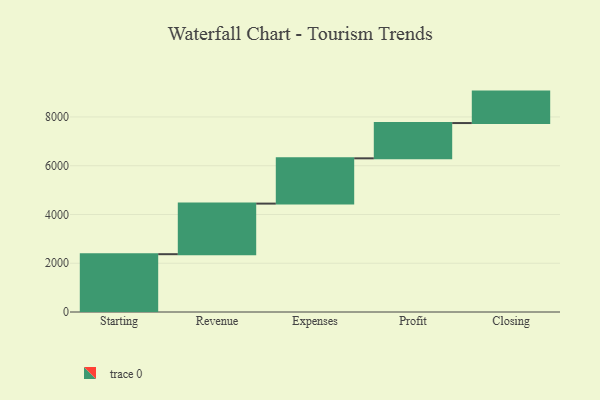
{"axis": {"x": "Step", "y": "Value"}, "legend": [""], "data": [{"x": "Starting", "y": 2371.0, "type": ""}, {"x": "Revenue", "y": 2075.0, "type": ""}, {"x": "Expenses", "y": 1857.0, "type": ""}, {"x": "Profit", "y": 1447.0, "type": ""}, {"x": "Closing", "y": 1290.0, "type": ""}]}